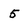
Character: 5